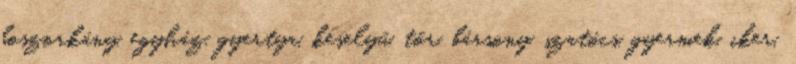
boszorkány, egyház, gyertya, keselyű, tőr, bársony, szatócs, gyermek, iker,